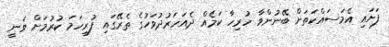
ފަށައި އެމަސައްކަތަށް ބޭނުންވާ ހުރިހާ ކަމެއް ދެއަހަރުދުވަހުގެ ތެރޭގައި ފުރިހަމަ ކުރުމަށް ވަނީ